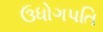
ઉધોગપતિ